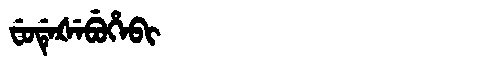
Manchu: ᠸᡠᡩᡝᡧᡝᠪᡠᡥᡝᠪᡳ
Romanization: FUDEŠEBUHEBI